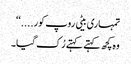
تمہاری بیٹی روپ کور....‘‘
وہ کچھ کہتے کہتے رُک گیا۔